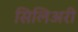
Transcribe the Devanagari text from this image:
सिलिअरी